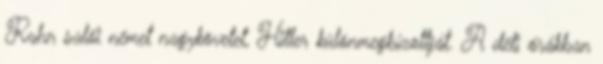
Rahn salói német nagykövetet, Hitler különmegbízottját. A déli órákban